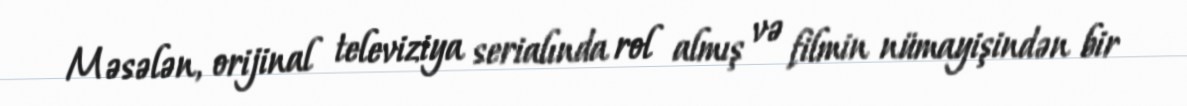
Məsələn, orijinal televiziya serialında rol almış və filmin nümayişindən bir